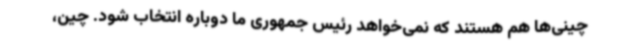
چینی‌ها هم هستند که نمی‌خواهد رئیس جمهوری ما دوباره انتخاب شود. چین،